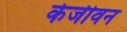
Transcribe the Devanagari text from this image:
केजीवन